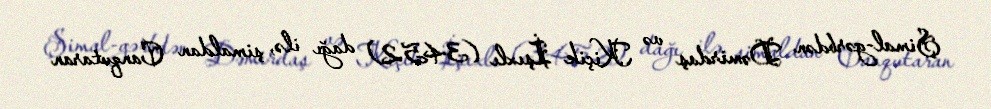
Şimal-gərbdən Dəmirdaş və Kiçik İşıxlı (3452) dağı ilə, şimaldan Canqutaran